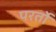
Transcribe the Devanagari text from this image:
परर्तो